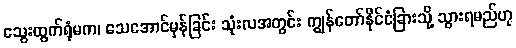
သွေးထွက်ရုံမက၊ သေအောင်မှန်ခြင်း သုံးလအတွင်း ကျွန်တော်နိုင်ငံခြားသို့ သွားရမည်ဟု